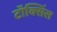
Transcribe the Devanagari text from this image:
टॉक्सिंस